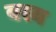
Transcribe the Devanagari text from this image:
वस्य